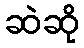
ဆဲဆို